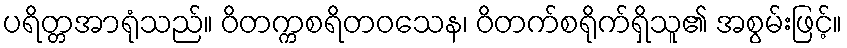
ပရိတ္တအာရုံသည်။ ဝိတက္ကစရိတဝသေန၊ ဝိတက်စရိုက်ရှိသူ၏ အစွမ်းဖြင့်။